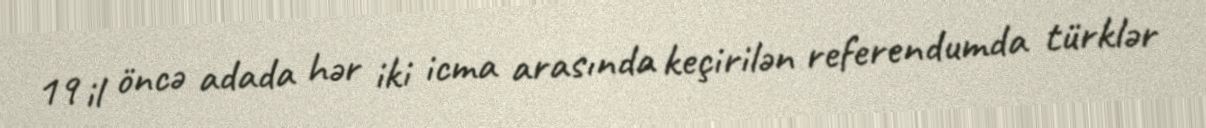
19 il öncə adada hər iki icma arasında keçirilən referendumda türklər